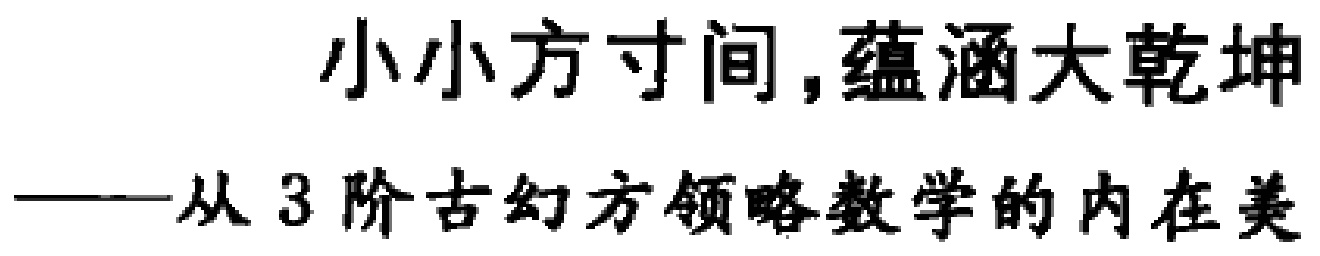
小小方寸间,蕴涵大乾坤
——从 3 阶古幻方领略数学的内在美